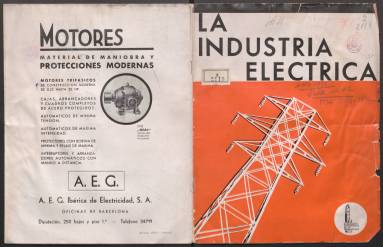
Título: La Indústria elèctrica (Barcelona. 1930)
Colección: Industria
Ámbito geográfico: Barcelona
Lugar de publicación: Barcelona
Fechas: 01/01/1935-31/03/1936